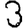
Digit: 3